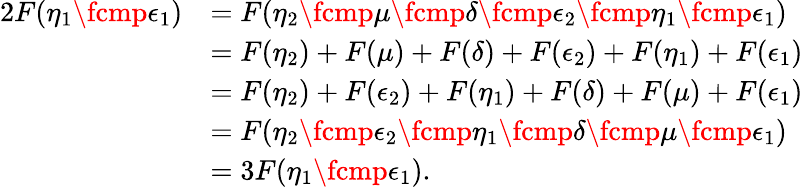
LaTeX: \begin{array}{rl}{2F(\eta_{1}\fcmp\epsilon_{1})}&{=F(\eta_{2}\fcmp\mu\fcmp\delta\fcmp\epsilon_{2}\fcmp\eta_{1}\fcmp\epsilon_{1})}\\ &{=F(\eta_{2})+F(\mu)+F(\delta)+F(\epsilon_{2})+F(\eta_{1})+F(\epsilon_{1})}\\ &{=F(\eta_{2})+F(\epsilon_{2})+F(\eta_{1})+F(\delta)+F(\mu)+F(\epsilon_{1})}\\ &{=F(\eta_{2}\fcmp\epsilon_{2}\fcmp\eta_{1}\fcmp\delta\fcmp\mu\fcmp\epsilon_{1})}\\ &{=3F(\eta_{1}\fcmp\epsilon_{1}).}\end{array}